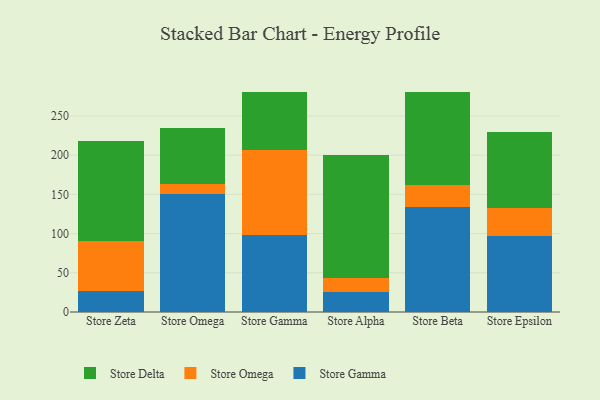
{"axis": {"x": "Store", "y": "Demand Index"}, "legend": ["Store Delta", "Store Gamma", "Store Omega"], "data": [{"x": "Store Zeta", "y": 26.3, "type": "Store Gamma"}, {"x": "Store Zeta", "y": 63.7, "type": "Store Omega"}, {"x": "Store Zeta", "y": 128.6, "type": "Store Delta"}, {"x": "Store Omega", "y": 150.1, "type": "Store Gamma"}, {"x": "Store Omega", "y": 13.5, "type": "Store Omega"}, {"x": "Store Omega", "y": 71.3, "type": "Store Delta"}, {"x": "Store Gamma", "y": 98.4, "type": "Store Gamma"}, {"x": "Store Gamma", "y": 108.1, "type": "Store Omega"}, {"x": "Store Gamma", "y": 74.1, "type": "Store Delta"}, {"x": "Store Alpha", "y": 25.4, "type": "Store Gamma"}, {"x": "Store Alpha", "y": 18.2, "type": "Store Omega"}, {"x": "Store Alpha", "y": 156.0, "type": "Store Delta"}, {"x": "Store Beta", "y": 133.5, "type": "Store Gamma"}, {"x": "Store Beta", "y": 27.9, "type": "Store Omega"}, {"x": "Store Beta", "y": 119.6, "type": "Store Delta"}, {"x": "Store Epsilon", "y": 96.3, "type": "Store Gamma"}, {"x": "Store Epsilon", "y": 36.9, "type": "Store Omega"}, {"x": "Store Epsilon", "y": 96.8, "type": "Store Delta"}]}